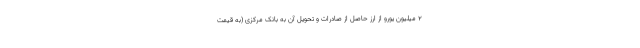
۲ میلیون یورو از ارز حاصل از صادرات و تحویل آن به بانک مرکزی (به قیمت